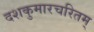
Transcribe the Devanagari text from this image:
दशकुमारचरितम्